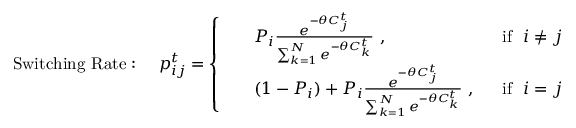
\mathrm { S w i t c h i n g ~ R a t e : ~ ~ ~ ~ } p _ { i j } ^ { t } = \left\{ \begin{array} { l l } { \begin{array} { r l r } & { P _ { i } \frac { e ^ { - \theta C _ { j } ^ { t } } } { \sum _ { k = 1 } ^ { N } e ^ { - \theta C _ { k } ^ { t } } } \ , \ } & { \ \mathrm { i f } \ \ i \neq j } \\ & { ( 1 - P _ { i } ) + P _ { i } \frac { e ^ { - \theta C _ { j } ^ { t } } } { \sum _ { k = 1 } ^ { N } e ^ { - \theta C _ { k } ^ { t } } } \ , \ } & { \ \mathrm { i f } \ \ i = j } \end{array} } \end{array} \right.